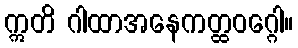
ဣတိ ဂါထာအနေကတ္ထဝဂ္ဂေါ။